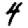
Digit: 4